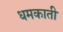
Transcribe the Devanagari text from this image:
धमकाती